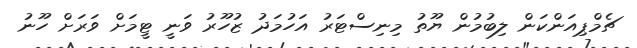
ޗެމްޕިއަންކަން ލިބުމުން ޔޫތު މިނިސްޓަރު އަހުމަދު ޒުހޫރު ވަނީ ޓީމަށް ވަރަށް ހޫނު